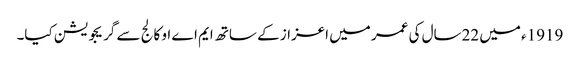
1919ء میں 22سال کی عمر میں اعزاز کے ساتھ ایم اے او کالج سے گریجویشن کیا۔